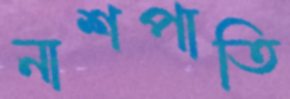
নাশপাতি